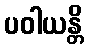
ပဝါယန္တိ